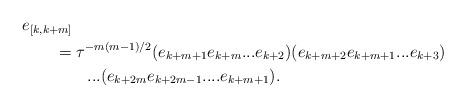
LaTeX: \begin{align*}& e_{[k,k+m]}\\ &\qquad={\tau}^{-m(m-1)/2}(e_{k+m+1}e_{k+m}...e_{k+2})(e_{k+m+2} e_{k+m+1}...e_{k+3})\\&\qquad\qquad...(e_{k+2m}e_{k+2m-1}....e_{k+m+1}).\end{align*}